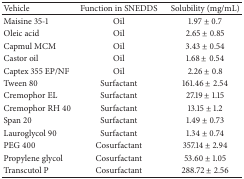
<table><thead><tr><td><b>Vehicle</b></td><td><b>Function in SNEDDS</b></td><td><b>Solubility (mg/mL)</b></td></tr></thead><tbody><tr><td>Maisine 35-1</td><td>Oil</td><td>1.97 ± 0.7</td></tr><tr><td>Oleic acid</td><td>Oil</td><td>2.65 ± 0.85</td></tr><tr><td>Capmul MCM</td><td>Oil</td><td>3.43 ± 0.54</td></tr><tr><td>Castor oil</td><td>Oil</td><td>1.68 ± 0.54</td></tr><tr><td>Captex 355 EP/NF</td><td>Oil</td><td>2.26 ± 0.8</td></tr><tr><td>Tween 80</td><td>Surfactant</td><td>161.46 ± 2.54</td></tr><tr><td>Cremophor EL</td><td>Surfactant</td><td>27.19 ± 1.15</td></tr><tr><td>Cremophor RH 40</td><td>Surfactant</td><td>13.15 ± 1.2</td></tr><tr><td>Span 20</td><td>Surfactant</td><td>1.49 ± 0.73</td></tr><tr><td>Lauroglycol 90</td><td>Surfactant</td><td>1.34 ± 0.74</td></tr><tr><td>PEG 400</td><td>Cosurfactant</td><td>357.14 ± 2.94</td></tr><tr><td>Propylene glycol</td><td>Cosurfactant</td><td>53.60 ± 1.05</td></tr><tr><td>Transcutol P</td><td>Cosurfactant</td><td>288.72 ± 2.56</td></tr></tbody></table>